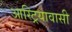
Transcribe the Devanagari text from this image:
आस्ट्रियावासी